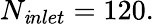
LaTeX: N_{\mathit{i}nlet}=120.